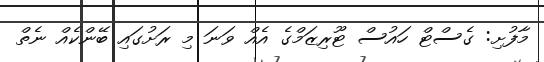
މާފުށި: ގެސްޓް ހައުސް ޓޫރިޒަމްގެ އެއް ވަނަ މި ރަށުގައި ބޭންކެއް ނެތް